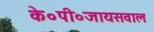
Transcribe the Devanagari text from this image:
के०पी०जायसवाल